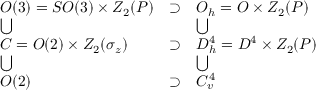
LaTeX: \begin{array} { l l l } { { O ( 3 ) = S O ( 3 ) \times Z _ { 2 } ( P ) } } & { { \supset } } & { { O _ { h } = O \times Z _ { 2 } ( P ) } } \\ { { \bigcup } } & { { } } & { { \bigcup } } \\ { { { \cal C } = O ( 2 ) \times Z _ { 2 } ( \sigma _ { z } ) } } & { { \supset } } & { { D _ { h } ^ { 4 } = D ^ { 4 } \times Z _ { 2 } ( P ) } } \\ { { \bigcup } } & { { } } & { { \bigcup } } \\ { { O ( 2 ) } } & { { \supset } } & { { C _ { v } ^ { 4 } } } \end{array}